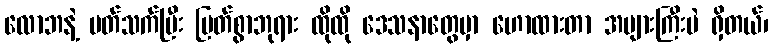
လောဘနဲ့ ပတ်သက်ပြီး မြတ်စွာဘုရား ထိုထို ဒေသနာတွေမှာ ဟောထားတာ အများကြီးပဲ ရှိတယ်၊